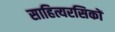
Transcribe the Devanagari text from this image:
साहित्यरसिकों